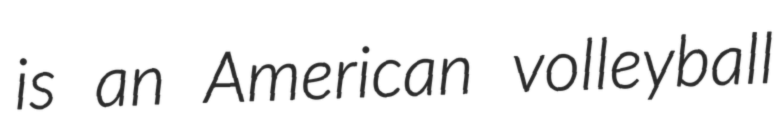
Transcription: is an American volleyball